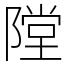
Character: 隚